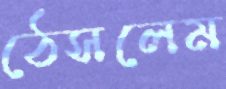
ঠেসলেম